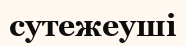
сутежеуші